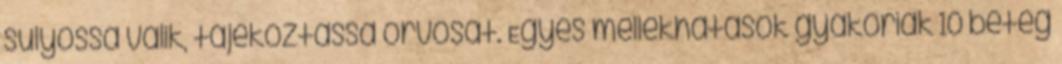
súlyossá válik, tájékoztassa orvosát. Egyes mellékhatások gyakoriak 10 beteg